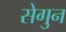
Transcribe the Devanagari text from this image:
सेगुन